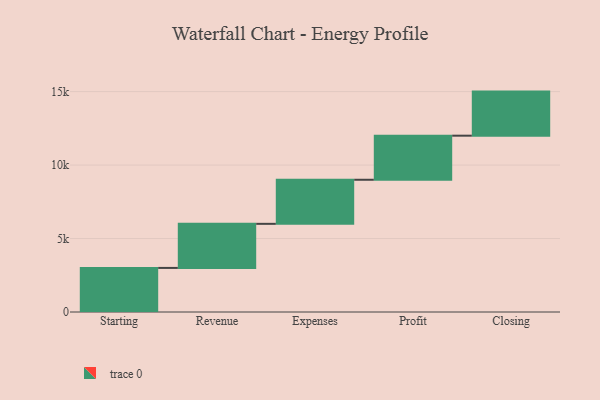
{"axis": {"x": "Step", "y": "Value"}, "legend": [""], "data": [{"x": "Starting", "y": 3000, "type": ""}, {"x": "Revenue", "y": 3000, "type": ""}, {"x": "Expenses", "y": 3000, "type": ""}, {"x": "Profit", "y": 3000, "type": ""}, {"x": "Closing", "y": 3000, "type": ""}]}